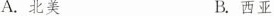
A.北美 B.西亚